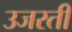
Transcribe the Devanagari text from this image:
उजरती